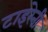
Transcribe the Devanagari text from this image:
टाइरेनी